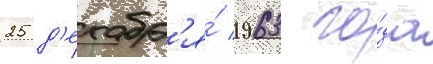
25 д'екабр'я́ 1963 го́да